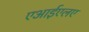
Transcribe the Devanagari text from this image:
एआईएलए